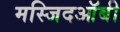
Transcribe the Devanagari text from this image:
मस्जिदऑबी